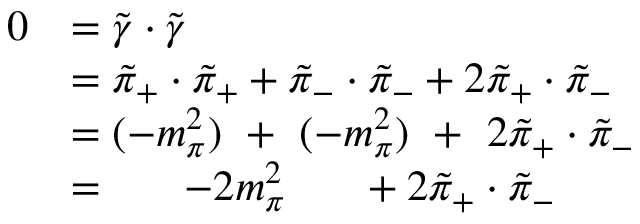
\begin{array} { r l } { 0 } & { = \tilde { \gamma } \cdot \tilde { \gamma } } \\ & { = \tilde { \pi } _ { + } \cdot \tilde { \pi } _ { + } + \tilde { \pi } _ { - } \cdot \tilde { \pi } _ { - } + 2 \tilde { \pi } _ { + } \cdot \tilde { \pi } _ { - } } \\ & { = ( - m _ { \pi } ^ { 2 } ) \ + \ ( - m _ { \pi } ^ { 2 } ) \ + \ 2 \tilde { \pi } _ { + } \cdot \tilde { \pi } _ { - } } \\ & { = \quad \ \ - 2 m _ { \pi } ^ { 2 } \quad \ \ + 2 \tilde { \pi } _ { + } \cdot \tilde { \pi } _ { - } } \end{array}